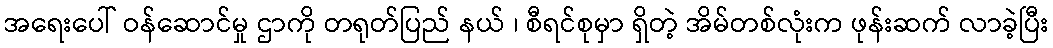
အရေးပေါ် ဝန်ဆောင်မှု ဌာကို တရုတ်ပြည် နယ် ၊ စီရင်စုမှာ ရှိတဲ့ အိမ်တစ်လုံးက ဖုန်းဆက် လာခဲ့ပြီး